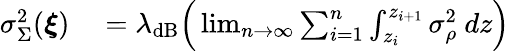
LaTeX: \begin{array}{rl}{\sigma_{\Sigma}^{2}(\boldsymbol{\xi})}&{{}=\lambda_{\mathrm{dB}}\Big(\operatorname*{lim}_{n\to\infty}\sum_{i=1}^{n}\int_{z_{i}}^{z_{i+1}}\sigma_{\rho}^{2}\ dz\Big)}\end{array}